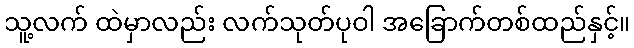
သူ့လက် ထဲမှာလည်း လက်သုတ်ပုဝါ အခြောက်တစ်ထည်နှင့်။